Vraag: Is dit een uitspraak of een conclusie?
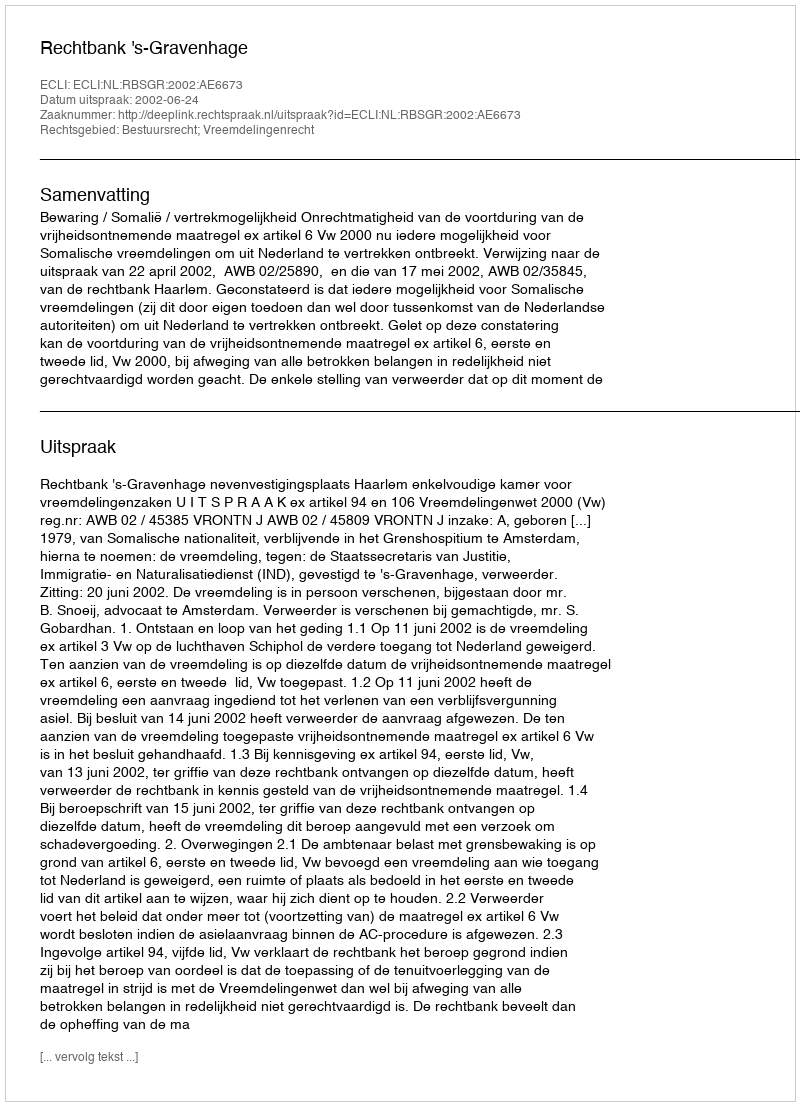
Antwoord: Uitspraak